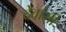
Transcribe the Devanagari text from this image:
देवांसी